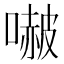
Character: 𭊥